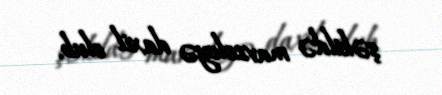
şəkildə mavzoleyə daxil olub.